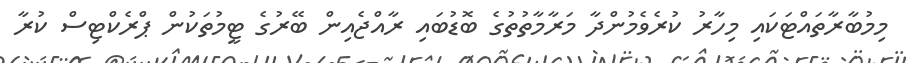
މިމުބާރާތައްޓަކައި މިހާރު ކުރެވެމުންދާ މަރާމާތުތުގެ ބޮޑުބައި ރާއްޖެއިން ބޭރުގެ ޓީމުތަކުން ޕްރެކްޓިސް ކުރާ